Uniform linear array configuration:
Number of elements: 32
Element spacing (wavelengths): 0.75
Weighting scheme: binomial
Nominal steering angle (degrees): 30
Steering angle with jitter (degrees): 29.514
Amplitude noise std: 0.05
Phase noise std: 0.05

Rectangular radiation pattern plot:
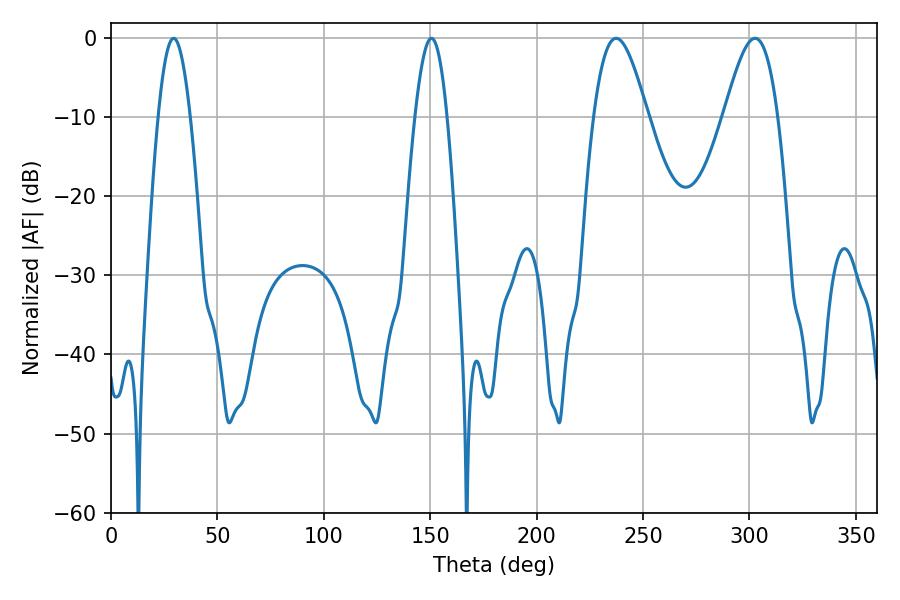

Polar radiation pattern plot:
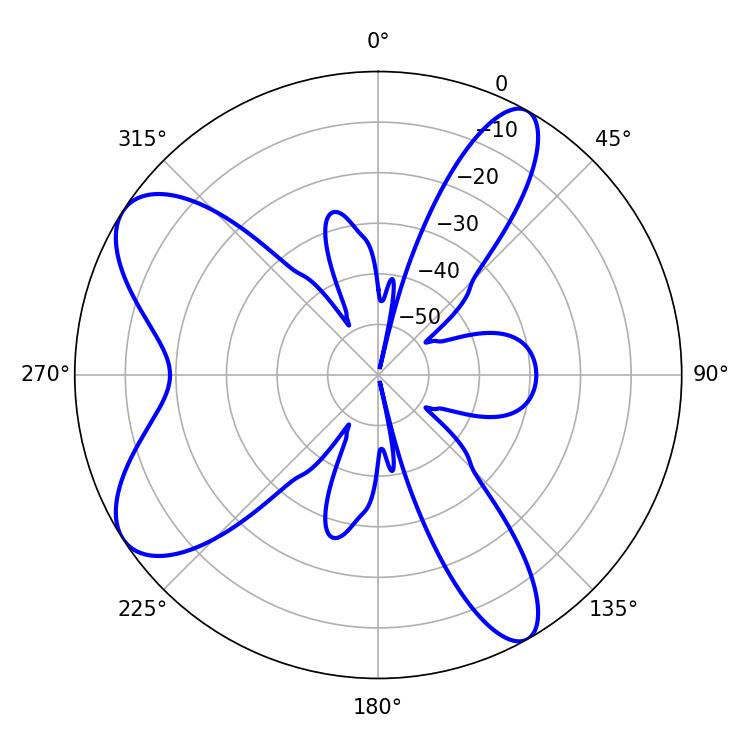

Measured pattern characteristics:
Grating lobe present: TRUE
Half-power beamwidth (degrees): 13.5
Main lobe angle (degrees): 237.42